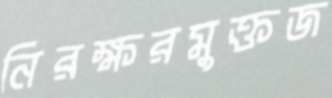
নিরক্ষরমুক্তজ